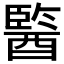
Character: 𨢒